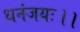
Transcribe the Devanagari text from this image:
धनंजयः।।